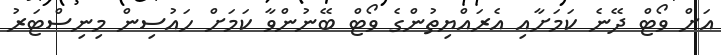
އަށް ވޯޓް ދޭނެ ކަމަށާއި އެރައްޔިތުންގެ ވޯޓް ބޭނުންވާ ކަމަށް ހައުސިން މިނިސްޓަރު